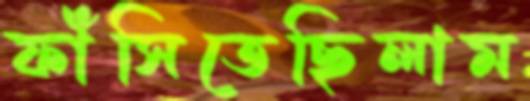
ফাঁসিতেছিলাম